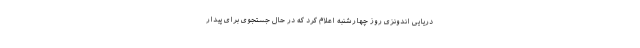
دریایی اندونزی روز چهارشنبه اعلام کرد که در حال جستجوی برای پیدار